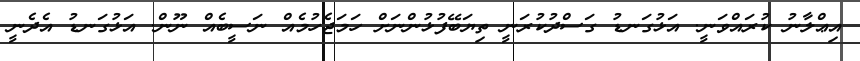
އިޢްލާނު ކުރައްވަނީ. އަޅުގަނޑު ގަސްދުކުރަނީ ތިޔަބޭފުޅުންނަށް ހަމަޖެހުމެއް ނަސީބެއް ނޫން. އަޅުގަނޑު އެދެނީ